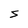
Character: S